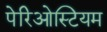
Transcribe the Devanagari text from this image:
पेरिओस्टियम